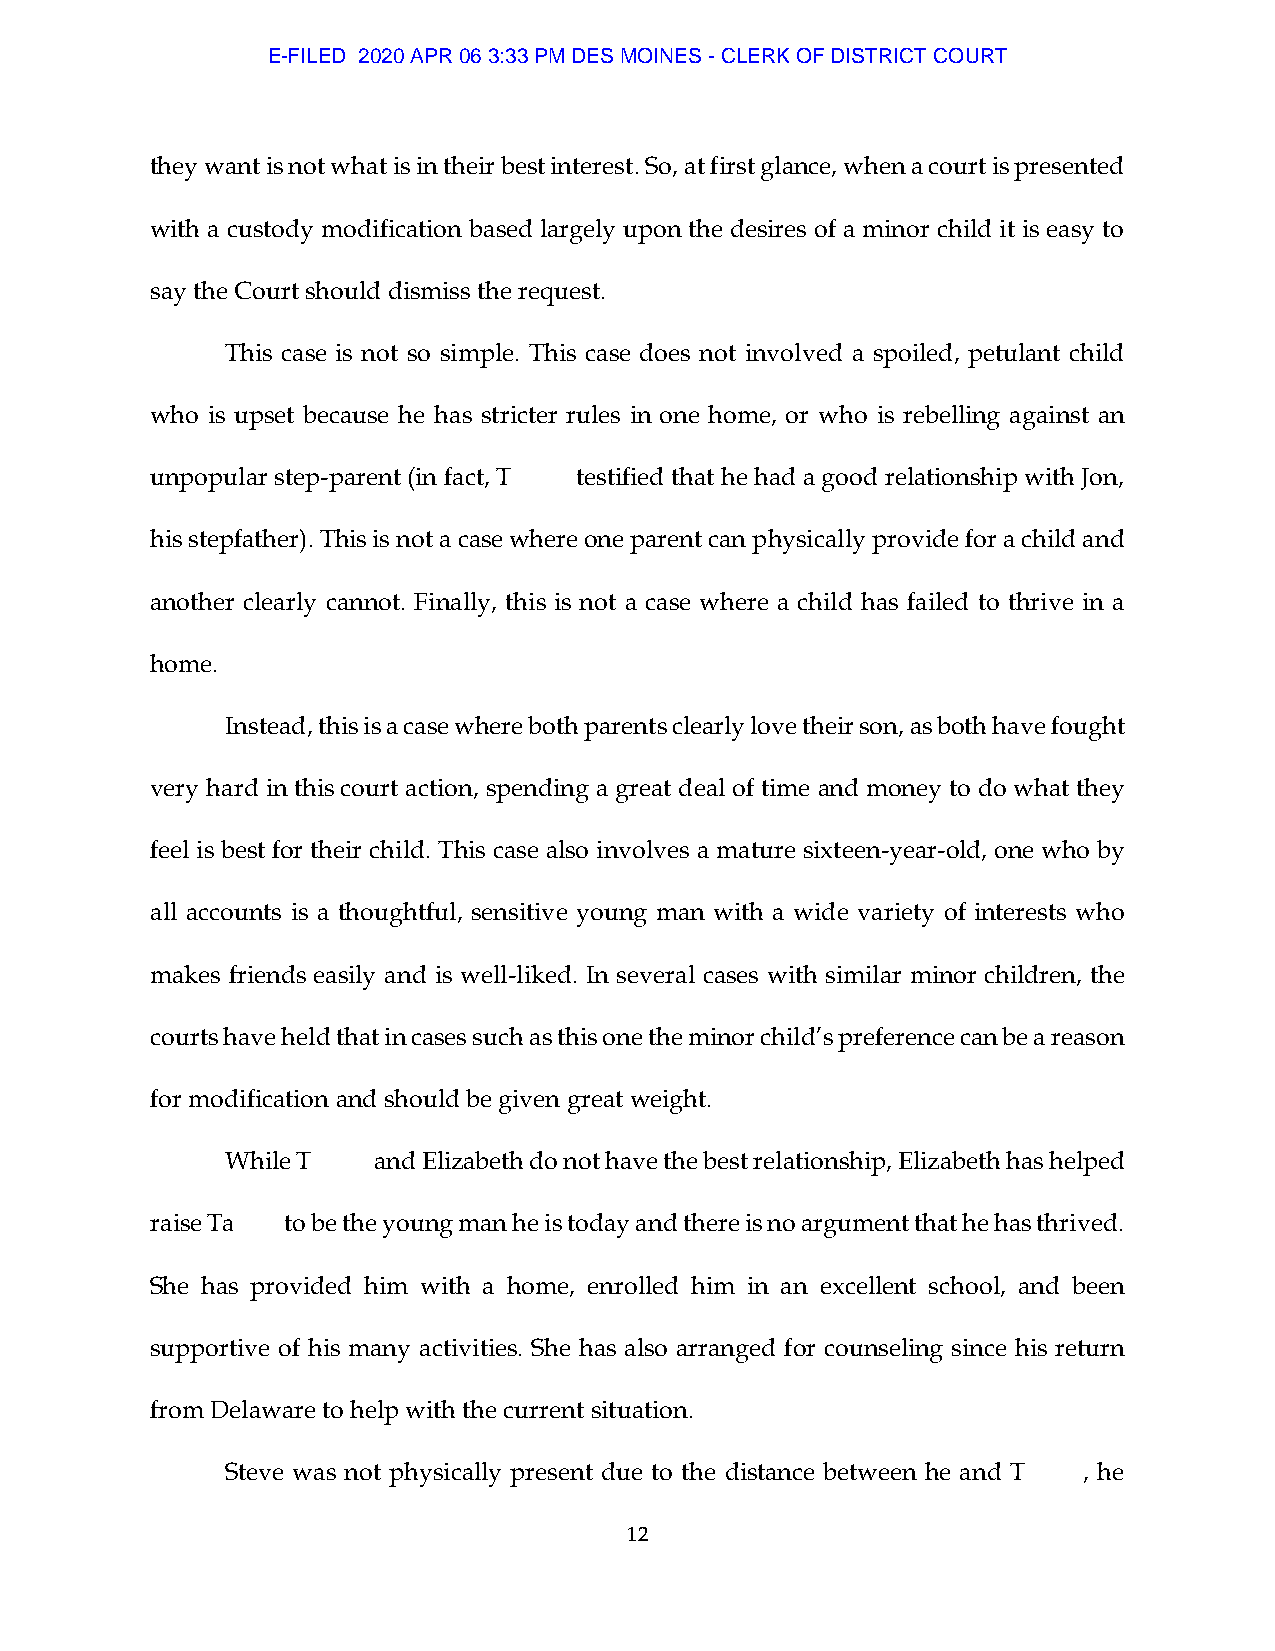
E-FILED 2020 APR 06 3:33 PM DES MOINES - CLERK OF DISTRICT COURT
 they want is not what is in their best interest. So, at first glance, when a court is presented
 with a custody modification based largely upon the desires of a minor child it is easy to
 say the Court should dismiss the request.
 This case is not so simple. This case does not involved a spoiled, petulant child
 who is upset because he has stricter rules in one home, or who is rebelling against an
 unpopular step-parent (in fact, T testified that he had a good relationship with Jon,
 his stepfather). This is not a case where one parent can physically provide for a child and
 another clearly cannot. Finally, this is not a case where a child has failed to thrive in a
 home.
 Instead, this is a case where both parents clearly love their son, as both have fought
 very hard in this court action, spending a great deal of time and money to do what they
 feel is best for their child. This case also involves a mature sixteen-year-old, one who by
 all accounts is a thoughtful, sensitive young man with a wide variety of interests who
 makes friends easily and is well-liked. In several cases with similar minor children, the
 courts have held that in cases such as this one the minor child’s preference can be a reason
 for modification and should be given great weight.
 While T   and Elizabeth do not have the best relationship, Elizabeth has helped
 raise Ta to be the young man he is today and there is no argument that he has thrived.
 She has provided him with a home, enrolled him in an excellent school, and been
 supportive of his many activities. She has also arranged for counseling since his return
 from Delaware to help with the current situation.
 Steve was not physically present due to the distance between he and T , he
 12